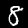
Label: 8